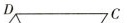
D C